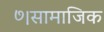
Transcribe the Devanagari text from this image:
७।सामाजिक